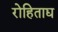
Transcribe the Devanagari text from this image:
रोहिताद्य